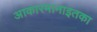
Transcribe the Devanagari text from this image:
आकारमानाइतका